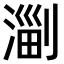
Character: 𣺤